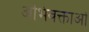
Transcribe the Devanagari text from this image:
अभिवक्ताओं